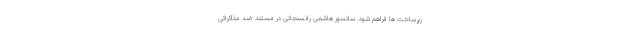
زیرساخت ها فراهم شود. سانسور هاشمی رفسنجانی در مستند ضد مذاکراتی